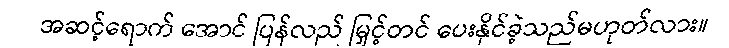
အဆင့်ရောက် အောင် ပြန်လည် မြှင့်တင် ပေးနိုင်ခဲ့သည်မဟုတ်လား။